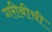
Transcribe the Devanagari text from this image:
गरीबीची